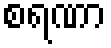
စရဏာ